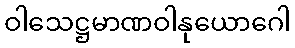
ဝါသေဋ္ဌမာဏဝါနုယောဂေါ